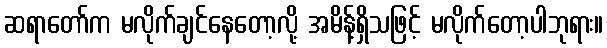
ဆရာတော်က မလိုက်ချင်နေတော့လို့ အမိန့်ရှိသဖြင့် မလိုက်တော့ပါဘုရား။